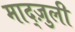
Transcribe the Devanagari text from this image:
माद्ज़ुली